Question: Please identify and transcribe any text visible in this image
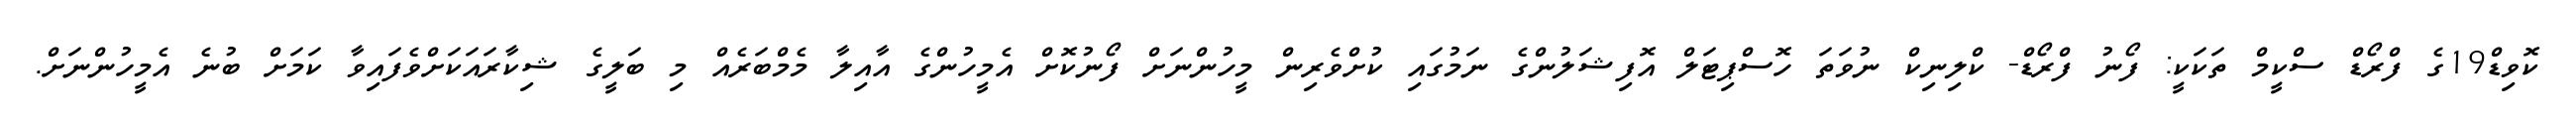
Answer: ކޮވިޑް19ގެ ފްރޯޑް ސްކީމް ތަކަކީ: ފޯނު ފްރޯޑް- ކްލިނިކް ނުވަތަ ހޮސްޕިޓަލް އޮފިޝަލުންގެ ނަމުގައި ކުށްވެރިން މީހުންނަށް ފޯނުކޮށް އެމީހުންގެ އާއިލާ މެމްބަރެއް މި ބަލީގެ ޝިކާރައަކަށްވެފައިވާ ކަމަށް ބުނެ އެމީހުންނަށް.